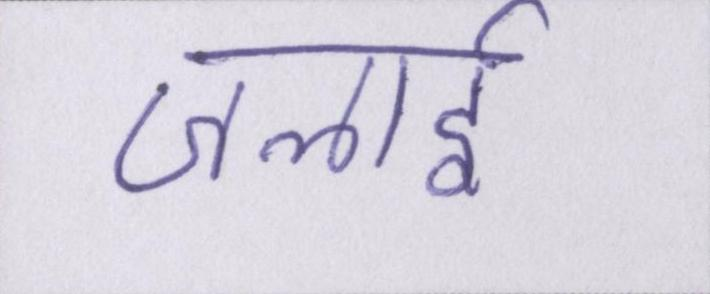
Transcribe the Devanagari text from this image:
जलाई